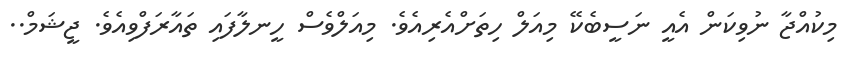
މިކުއްޖާ ނުވިކަން އެއީ ނަސީބެކޭ މިއަލް ހިތަށްއެރިއެވެ. މިއަލްވެސް ހީނލާފައި ތައާރަފްވިއެވެ. ޖީޝަމް..